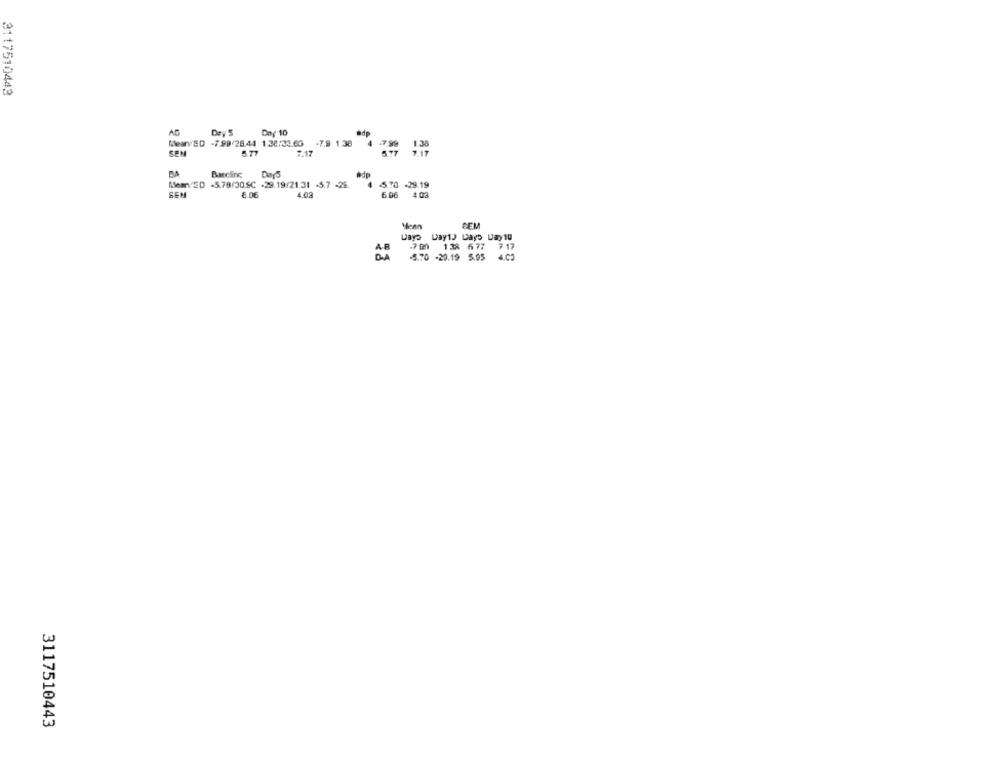
3117510443
AG
Dry S
Day 10
@dp
Mean ED -7.99/28.44 1.38:33.60 -7.9 1.30
.7.99
1.38
SEM
5.77
7.17
577
7.17
Bascline
adp
Mean ED -5.78/30.SC -29.19/21.31 -5.7 -26.
5.70 -29.19
SEM
6.06
4.03
6.96
4.03
Mean
Days Day1) Days Day10
.700 138 677
7 17
-5.70 -20.19 5.95
3117510443